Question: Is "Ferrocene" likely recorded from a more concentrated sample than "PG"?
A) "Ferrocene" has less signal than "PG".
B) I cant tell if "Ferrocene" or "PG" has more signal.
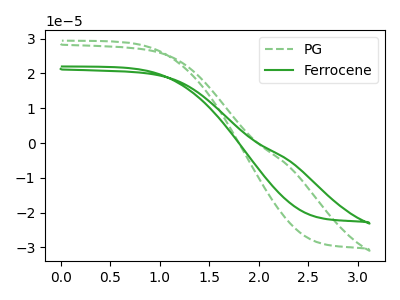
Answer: <think>The green dashed curve "PG" has no peaks. The green curve "Ferrocene" has no peaks.
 Neither "Ferrocene" or "PG" have any peaks.</think>
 <answer>B) I cant tell if "Ferrocene" or "PG" has more signal.</answer>
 <eval>B</eval>